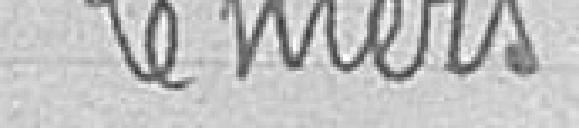
Thiers